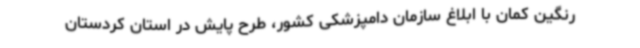
رنگین کمان با ابلاغ سازمان دامپزشکی کشور، طرح پایش در استان کردستان